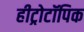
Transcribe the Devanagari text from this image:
हीट्रोटॉपिक